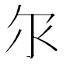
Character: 𫡓